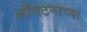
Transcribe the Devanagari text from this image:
लाँगटनाच्या